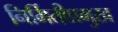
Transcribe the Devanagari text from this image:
निर्मितीप्रमुख